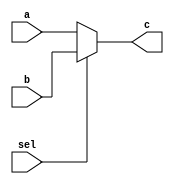
/*******************************************************************
*
* Module: MUX2.v
* Project: RV32IMC Processor
* Description: a 1-bit 2x1 MUX
*
**********************************************************************/

module MUX2(input a, b, sel,
            output c);

    assign c = sel ? b : a;   //sel == 1; b, else a

endmodule